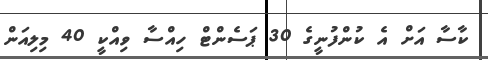
ކާސާ އަށް އެ ކުންފުނީގެ 30 ޕަސެންޓް ހިއްސާ ވިއްކީ 40 މިލިއަން